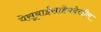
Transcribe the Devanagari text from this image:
येसूबाईसाहेबदेखील